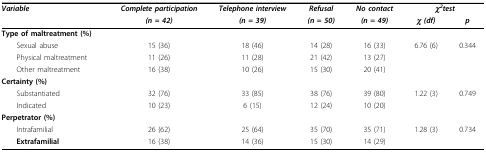
<table><thead><tr><td><b><i>Variable</i></b></td><td><b><i>Complete participation</i></b></td><td><b><i>Telephone interview</i></b></td><td><b><i>Refusal</i></b></td><td><b><i>No contact</i></b></td><td colspan="2"><b><i>χ</i><sup><i>2</i></sup><i>test</i></b></td></tr><tr><td></td><td><b><i>(n = 42)</i></b></td><td><b><i>(n = 39)</i></b></td><td><b><i>(n = 50)</i></b></td><td><b><i>(n = 49)</i></b></td><td><b><i>χ (df)</i></b></td><td><b><i>p</i></b></td></tr></thead><tbody><tr><td><b>Type of maltreatment (%)</b></td><td></td><td></td><td></td><td></td><td></td><td></td></tr><tr><td> Sexual abuse</td><td>15 (36)</td><td>18 (46)</td><td>14 (28)</td><td>16 (33)</td><td>6.76 (6)</td><td>0.344</td></tr><tr><td> Physical maltreatment</td><td>11 (26)</td><td>11 (28)</td><td>21 (42)</td><td>13 (27)</td><td></td><td></td></tr><tr><td> Other maltreatment</td><td>16 (38)</td><td>10 (26)</td><td>15 (30)</td><td>20 (41)</td><td></td><td></td></tr><tr><td><b>Certainty (%)</b></td><td></td><td></td><td></td><td></td><td></td><td></td></tr><tr><td> Substantiated</td><td>32 (76)</td><td>33 (85)</td><td>38 (76)</td><td>39 (80)</td><td>1.22 (3)</td><td>0.749</td></tr><tr><td> Indicated</td><td>10 (23)</td><td>6 (15)</td><td>12 (24)</td><td>10 (20)</td><td></td><td></td></tr><tr><td><b>Perpetrator (%)</b></td><td></td><td></td><td></td><td></td><td></td><td></td></tr><tr><td> Intrafamilial</td><td>26 (62)</td><td>25 (64)</td><td>35 (70)</td><td>35 (71)</td><td>1.28 (3)</td><td>0.734</td></tr><tr><td> <b>Extrafamilial</b></td><td>16 (38)</td><td>14 (36)</td><td>15 (30)</td><td>14 (29)</td><td></td><td></td></tr></tbody></table>